Annual administration and progress report of the Indian Medical Department, Bombay
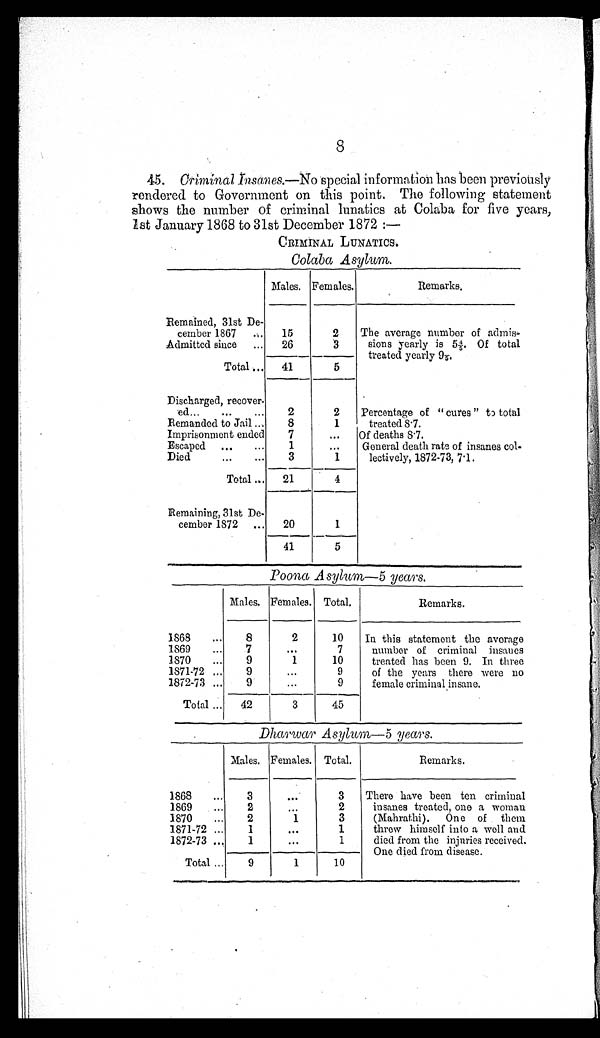
8
45. Criminal Insanes.—No special information has been previously
rendered to Government on this point. The following statement
shows the number of criminal lunatics at Colaba for five years,
1st January 1868 to 31st December 1872:—
CRIMINAL LUNATICS.
Colaba Asylum.
Males. Females.
Remarks.
Remained, 31st De-
cember 1867
15
2
The average number of admis
-sions yearly is 5 4/5, Of total
treated yearly 9 /5.
Admitted since
26
3
Total
41
5
Discharged, recover-
ed
2
2
Percentage of "cures" to total
treated 8.7.
Remanded to Jail
8
1
Imprisonment ended
7
... Of deaths 8.7.
Escaped
1
...
General death rate of insanes col
-lectively, 1872-73, 7.1.
Died
3
1
1
Total
21
4
Remaining, 31st De-
cember 1872
20
1
41
5
Poona Asylum—5 years.
Males. Females. Total.
Remarks.
1868
8
2
10
In this statement the average
number of criminal insane
s treated has been 9. In three
of the years there were no
female criminal insane.
1869
7
. . .
7
1870
9
1
10
1871-72
9
...
9
1872-73
9
. . .
9
Total
42
3
45
Dharwar Asylum—5 years.
Males. Females. Total.
Remarks.
1868
3
. . .
3
There have been ten criminal
insanes treated, one a woman
(Mahrathi). One of them
threw himself into a well and
died from the injuries received.
One died from disease.
1869
2
. . . 2
1870
2
1
3
1871-72
1
...
1
1872-73
1
...
1
Total
9
1
10